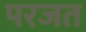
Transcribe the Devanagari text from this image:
परजत